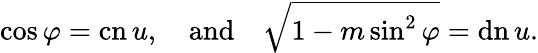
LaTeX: \cos\varphi=\operatorname{cn}u,\quad{\textrm{and}}\quad{\sqrt{1-m\sin^{2}\varphi}}=\operatorname{dn}u.